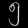
Digit: ၅